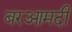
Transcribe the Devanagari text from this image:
बरआमदी